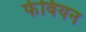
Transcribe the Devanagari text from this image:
फेवियन